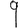
Digit: 9